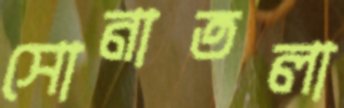
সোনাতলা